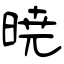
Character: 暁